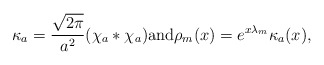
\begin{align*} \kappa_a=\frac{\sqrt{2\pi}}{a^2}(\chi_a*\chi_a) \mbox{and}\rho_m(x)=e^{x\lambda_m}\kappa_a(x),\end{align*}